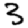
Digit: 3